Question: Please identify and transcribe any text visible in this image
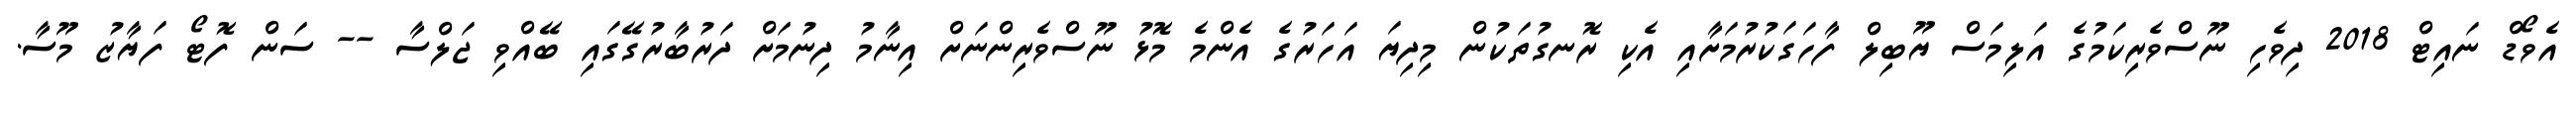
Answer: އެވޯޑް ނައިޓް 2018 ދިވެހި ނޫސްވެރިކަމުގެ އަލިމަސް ޔޫބިލް ފާހަގަކުރުމަށާއި އެކި ރޮނގުތަކުން މިދިޔަ އަހަރުގެ އެންމެ މޮޅު ނޫސްވެރިންނަށް އިނާމު ދިނުމަށް ދަރުބާރުގޭގައި ބޭއްވި ޖަލްސާ -- ސަން ފޮޓޯ ފަޔާޒު މޫސާ.